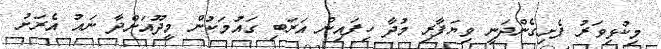
މިކުޅިވަރު ފެށިގެންދަނީ ވިޔަފާރި މުދާ ހިފައިން އަރަބި ގައުމަކުން މީދޫއަށްދާ ނައު އެރަށު